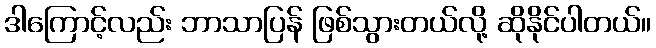
ဒါကြောင့်လည်း ဘာသာပြန် ဖြစ်သွားတယ်လို့ ဆိုနိုင်ပါတယ်။